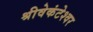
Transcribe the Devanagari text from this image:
श्रीवेकंटेश्वर